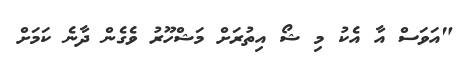
"އަވަސް އާ އެކު މި ޝޯ އިތުރަށް މަޝްހޫރު ވެގެން ދާނެ ކަމަށް